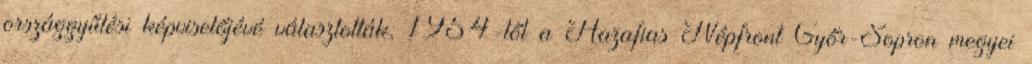
országgyűlési képviselőjévé választották, 1954-től a Hazafias Népfront Győr-Sopron megyei